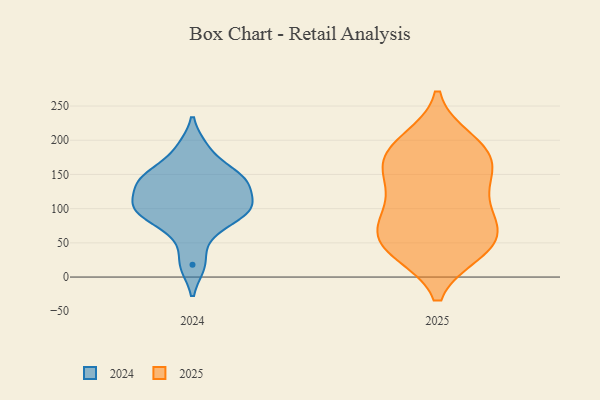
{"axis": {"x": "Budget (USD K)", "y": "Value"}, "legend": ["2024", "2025"], "data": [{"x": "", "y": 68, "type": "2025"}, {"x": "", "y": 196, "type": "2025"}, {"x": "", "y": 172, "type": "2025"}, {"x": "", "y": 143, "type": "2025"}, {"x": "", "y": 37, "type": "2025"}, {"x": "", "y": 98, "type": "2025"}, {"x": "", "y": 139, "type": "2025"}, {"x": "", "y": 178, "type": "2025"}, {"x": "", "y": 41, "type": "2025"}, {"x": "", "y": 95, "type": "2025"}, {"x": "", "y": 69, "type": "2025"}, {"x": "", "y": 40, "type": "2025"}, {"x": "", "y": 42, "type": "2025"}, {"x": "", "y": 178, "type": "2025"}, {"x": "", "y": 145, "type": "2025"}, {"x": "", "y": 78, "type": "2025"}, {"x": "", "y": 200, "type": "2025"}, {"x": "", "y": 66, "type": "2024"}, {"x": "", "y": 98, "type": "2024"}, {"x": "", "y": 100, "type": "2024"}, {"x": "", "y": 148, "type": "2024"}, {"x": "", "y": 99, "type": "2024"}, {"x": "", "y": 147, "type": "2024"}, {"x": "", "y": 188, "type": "2024"}, {"x": "", "y": 18, "type": "2024"}, {"x": "", "y": 133, "type": "2024"}, {"x": "", "y": 140, "type": "2024"}, {"x": "", "y": 101, "type": "2024"}]}